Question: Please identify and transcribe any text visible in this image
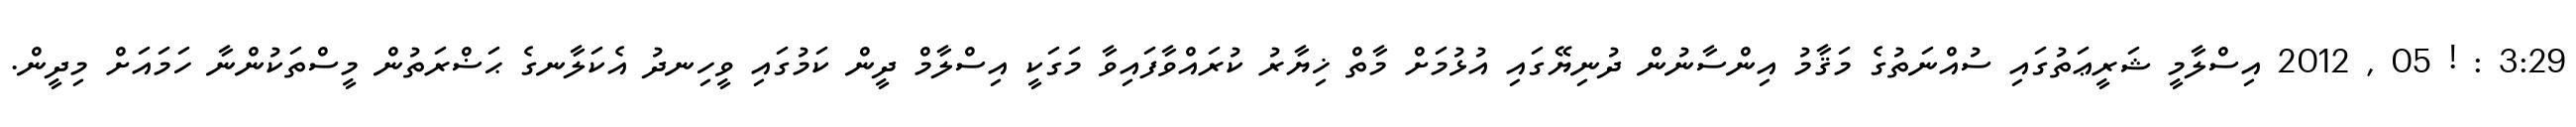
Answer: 3:29 : ! 05 , 2012 އިސްލާމީ ޝަރީޢަތުގައި ސުއްނަތުގެ މަޤާމު އިންސާނުން ދުނިޔޭގައި އުޅުމަށް މާތް ޚިޔާރު ކުރައްވާފައިވާ މަގަކީ އިސްލާމް ދީން ކަމުގައި ވީހިނދު އެކަލާނގެ ޙަޟްރަތުން މީސްތަކުންނާ ހަމައަށް މިދީން.